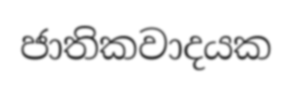
ජාතිකවාදයක